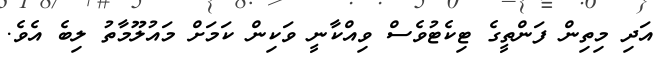
އަދި މިތިން ފަންތީގެ ޓިކެޓުވެސް ވިއްކާނީ ވަކިން ކަމަށް މައުލޫމާތު ލިބެ އެވެ.